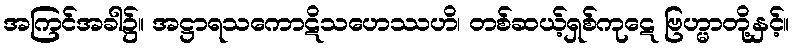
အကြင်အခါ၌။ အဋ္ဌာရသကောဋိသဟေဿဟိ၊ တစ်ဆယ့်ရှစ်ကုဋေ ဗြဟ္မာတို့နှင့်။